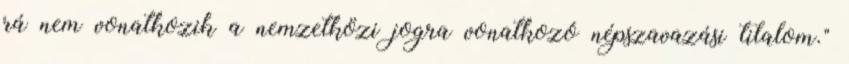
rá nem vonatkozik a nemzetközi jogra vonatkozó népszavazási tilalom."